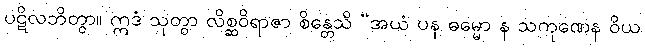
ပဋိလဘိတွာ။ ဣဒံ သုတွာ လိစ္ဆဝိရာဇာ စိန္တေသိ “အယံ ပန ဓမ္မော န သကုဏေန ဝိယ